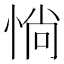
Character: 惝